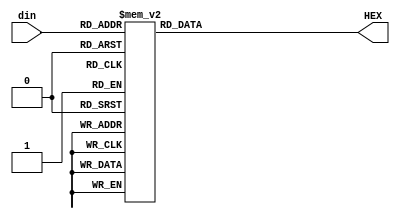
module seven_seg_driver(din,HEX);
	input [3:0] din;
	output [6:0] HEX;
	
	reg [6:0] HEX;
	
	always@(*) begin
		case(din)
			//0 - 3
			4'b0000: HEX = 7'b100_0000;
			4'b0001: HEX = 7'b111_1001;
			4'b0010: HEX = 7'b010_0100;
			4'b0011: HEX = 7'b011_0000;
			//4-7
			4'b0100: HEX = 7'b001_1001;
			4'b0101: HEX = 7'b001_0010;
			4'b0110: HEX = 7'b000_0010;
			4'b0111: HEX = 7'b111_1000;
			//8-11
			4'b1000: HEX = 7'b000_0000;
			4'b1001: HEX = 7'b001_1000;
			4'b1010: HEX = 7'b000_1000;
			4'b1011: HEX = 7'b000_0011;
			//12-15
			4'b1100: HEX = 7'b100_0110;            
			4'b1101: HEX = 7'b010_0001;            
			4'b1110: HEX = 7'b000_0110;            
			4'b1111: HEX = 7'b000_1110;

		endcase
	end

endmodule